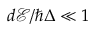
d \mathcal { E } / \hbar \Delta \ll 1